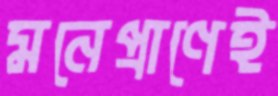
মনেপ্রাণেই